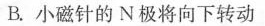
B.小磁针的N极将向下转动